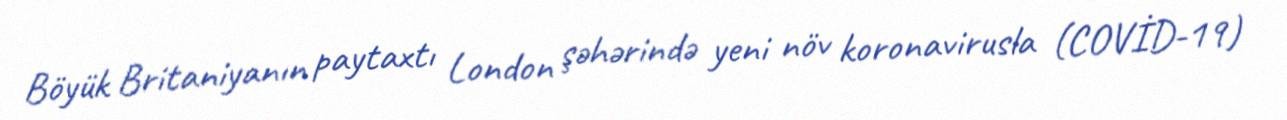
Böyük Britaniyanın paytaxtı London şəhərində yeni növ koronavirusla (COVİD-19)